Calcutta medical institutions reports 1871-78
Year: 1871
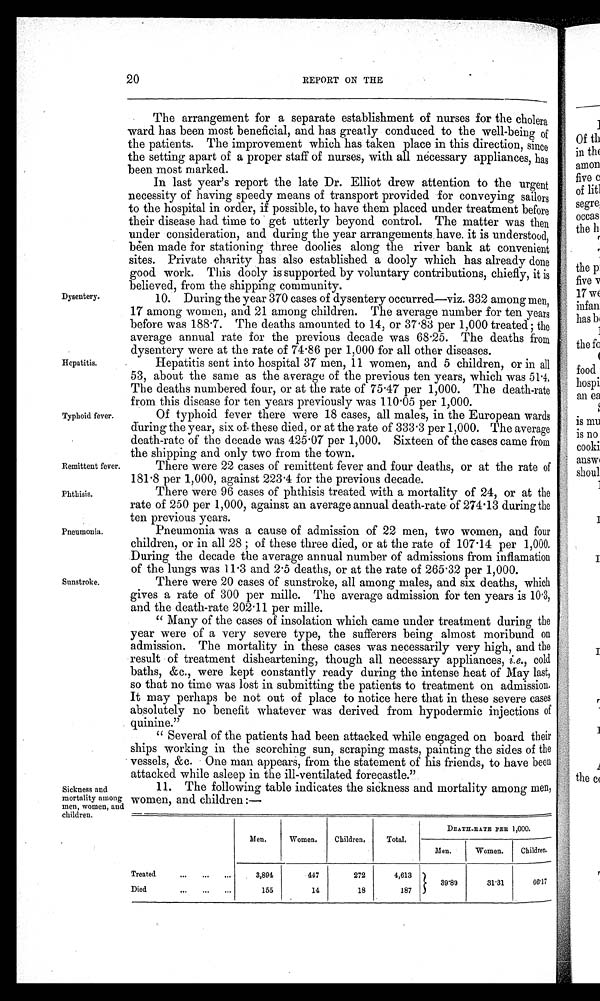
Remittent fever.
Phthisis.
Dysentery.
Hepatitis.
Typhoid fever.
Pneumonia.
Sunstroke.
Sickness and
mortality among
men, women, and
children.
20
REPORT ON THE
The arrangement for a separate establishment of nurses for the cholera
ward has been most beneficial, and has greatly conduced to the well-being of
the patients. The improvement which has taken place in this direction, since
the setting apart of a proper staff of nurses, with all necessary appliances, has
been most marked.
In last year's report the late Dr. Elliot drew attention to the urgent
necessity of having speedy means of transport provided for conveying sailors
to the hospital in order, if possible, to have them placed under treatment before
their disease had time to get utterly beyond control. The matter was then
under consideration, and during the year arrangements have it is understood,
been made for stationing three doolies along the river bank at convenient
sites. Private charity has also established a dooly which has already done
good work. This doely is supported by voluntary contributions, chiefly, it is
believed, from the shipping community.
10. During the year 370 cases of dysentery occurred—viz. 332 among men,
17 among women, and 21 among children. The average number for ten years
before was 188·7. The deaths amounted to 14, or 37·83 per 1,000 treated; the
average annual rate for the previous decade was 68·25. The deaths from
dysentery were at the rate of 74·86 per 1,000 for all other diseases.
Hepatitis sent into hospital 37 men, 11 women, and 5 children, or in all
53, about the same as the average of the previous ten years, which was 51·4,
The deaths numbered four, or at the rate of 75·47 per 1,000. The death-rate
from this disease for ten years previously was 110·05 per 1,000.
Of typhoid fever there were 18 cases, all males, in the European wards
during the year, six of these died, or at the rate of 333·3 per 1,000. The average
death-rate of the decade was 425·07 per 1,000. Sixteen of the cases came from
the shipping and only two from the town.
There were 22 cases of remittent fever and four deaths, or at the rate of
181·8 per 1,000, against 223·4 for the previous decade.
There were 96 cases of phthisis treated with a mortality of 24, or at the
rate of 250 per 1,000, against an average annual death-rate of 274·13 during the
ten previous years.
Pneumonia was a cause of admission of 22 men, two women, and four
chi l dren, or i n al l 28; of t hese t hree di ed, or at t he rat e of 107· 14 per 1, 000.
During the decade the average annual number of admissions from inflamation
of the lungs was 11·3 and 2·5 deaths, or at the rate of 265·32 per 1,000.
There were 20 cases of sunstroke, all among males, and six deaths, which
gives a rate of 300 per mille. The average admission for ten years is 10·3,
and the death-rate 202·11 per mille.
"Many of the cases of insolation which came under treatment during the
year were of a very severe type, the sufferers being almost moribund on
admission. The mortality in these cases was necessarily very high, and the
result of treatment disheartening, though all necessary appliances, i.e., cold
baths, &c., were kept constantly ready during the intense heat of May last,
so that no time was lost in submitting the patients to treatment on admission.
It may perhaps be not out of place to notice here that in these severe cases
absolutely no benefit whatever was derived from hypodermic injections of
quinine."
"Several of the patients had been attacked while engaged on board their
ships working in the scorching sun, scraping masts, painting the sides of the
vessels, &c. One man appears, from the statement of his friends, to have been
attacked while asleep in the ill-ventilated forecastle."
11. The following table indicates the sickness and mortality among men,
women, and children:—
Men.
Women.
Children.
Total.
DEATH-RATE PER 1,000.
Men.
Women.
Children.
Treated
Died
...
. . .
. . .
. . .
. . .
. . .
3,894
155
447
14
272
18
4,613
187
39·89
31·31
66·17